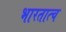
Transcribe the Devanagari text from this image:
भारतात्च